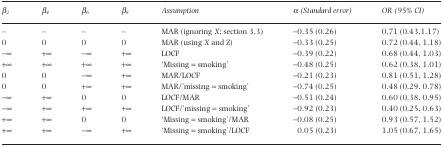
| β2 | β4 | β6 | β8 | Assumption | α (Standard error) | OR (95% CI) |
 | --- | --- | --- | --- | --- | --- | --- |
 | – | – | – | – | MAR (ignoring X; section 3.3) | −0.35 (0.26) | 0.71 (0.43,1.17) |
 | 0 | 0 | 0 | 0 | MAR (using X and Z) | −0.33 (0.25) | 0.72 (0.44, 1.18) |
 | −∞ | +∞ | −∞ | +∞ | LOCF | −0.39 (0.22) | 0.68 (0.44, 1.03) |
 | +∞ | +∞ | +∞ | +∞ | ‘Missing = smoking’ | −0.48 (0.25) | 0.62 (0.38, 1.01) |
 | 0 | 0 | −∞ | +∞ | MAR/LOCF | −0.21 (0.23) | 0.81 (0.51, 1.28) |
 | 0 | 0 | +∞ | +∞ | MAR/'missing = smoking’ | −0.74 (0.25) | 0.48 (0.29, 0.78) |
 | −∞ | +∞ | 0 | 0 | LOCF/MAR | −0.51 (0.24) | 0.60 (0.38, 0.95) |
 | −∞ | +∞ | +∞ | +∞ | LOCF/'missing = smoking’ | −0.92 (0.23) | 0.40 (0.25, 0.63) |
 | +∞ | +∞ | 0 | 0 | ‘Missing = smoking'/MAR | −0.08 (0.25) | 0.93 (0.57, 1.52) |
 | +∞ | +∞ | −∞ | +∞ | ‘Missing = smoking'/LOCF | 0.05 (0.23) | 1.05 (0.67, 1.65) |